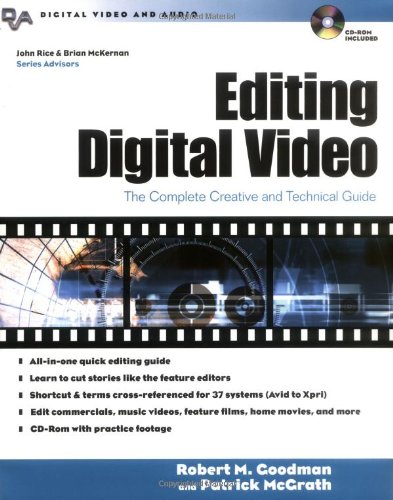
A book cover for Editing Digital Video : The Complete Creative and Technical Guide; Robert M. Goodman; Arts & Photography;